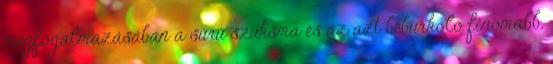
megfogalmazásában a sűrű szúksma és az azt beburkoló finomabb,